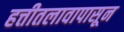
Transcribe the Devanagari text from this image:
हत्तीतलावापासून